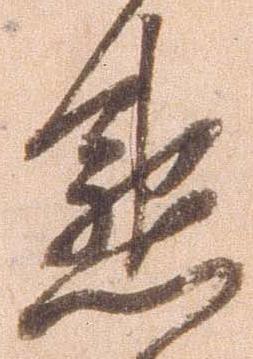
懇